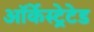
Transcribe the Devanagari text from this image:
ऑर्केस्ट्रेटेड